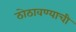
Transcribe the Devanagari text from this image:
ठोठावण्याची